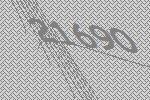
21690